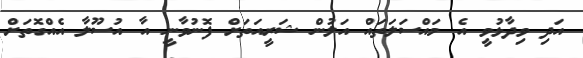
އަދި ވިދާޅުވީ އެ މައްސަލަތައް އަލުން ޝަރީއަތަށް ފޮނުވާނީ އާ އުސޫލާ އެއްގޮތަށް